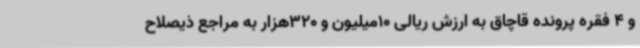
و 4 فقره پرونده قاچاق به ارزش ریالی 10میلیون و 320هزار به مراجع ذیصلاح